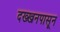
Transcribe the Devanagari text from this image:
दख्खनपासून